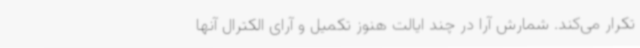
تکرار می‌کند. شمارش آرا در چند ایالت هنوز تکمیل و آرای الکترال آنها